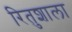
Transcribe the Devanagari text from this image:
रितुशाला